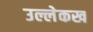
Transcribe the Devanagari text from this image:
उल्लेकख